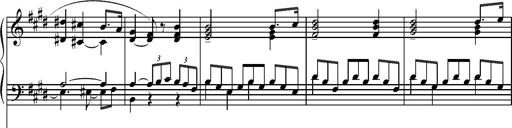
Title: Pilgerchor aus TannhÃ¤user
Composer: Franz Liszt